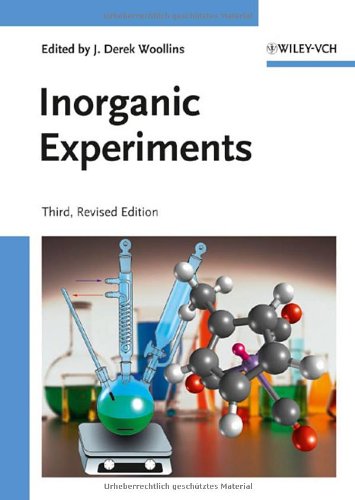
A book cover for Inorganic Experiments; Science & Math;